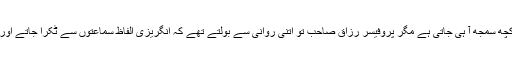
ان دونوں کا لہجہ اور روانی اتنی زیادہ نہیں اس لیے کچھ نہ کچھ سمجھ آ ہی جاتی ہے مگر پروفیسر رزاق صاحب تو اتنی روانی سے بولتے تھے کہ انگریزی الفاظ سماعتوں سے ٹکرا جاتے اور یوں لگتا جیسے ڈبے کے اندر باجری ڈال کر ہلایاجارہا ہے۔